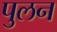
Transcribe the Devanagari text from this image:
पुलन